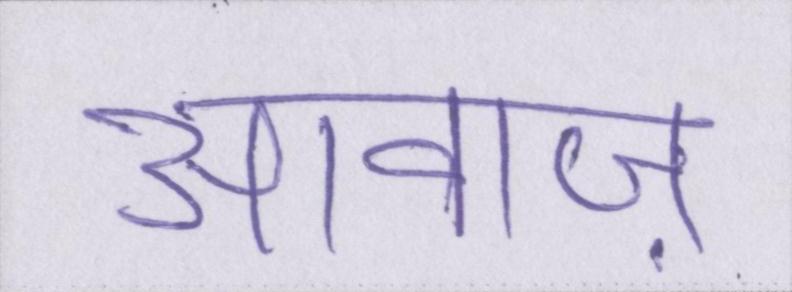
आवाज़